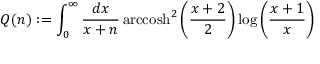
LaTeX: Q ( n ) : = \int _ { 0 } ^ { \infty } \frac { d x } { x + n } \, \mathrm { a r c c o s h } ^ { 2 } \left( \frac { x + 2 } { 2 } \right) \log \left( \frac { x + 1 } { x } \right)